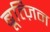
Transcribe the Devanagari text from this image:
बूत्ज़िन